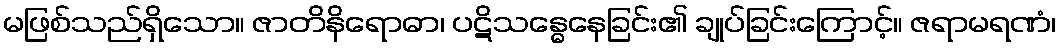
မဖြစ်သည်ရှိသော။ ဇာတိနိရောဓာ၊ ပဋိသန္ဓေနေခြင်း၏ ချုပ်ခြင်းကြောင့်။ ဇရာမရဏံ၊